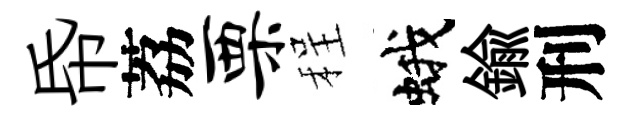
帋荔栗程蛾鍮刑